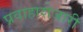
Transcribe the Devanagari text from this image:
प्रवाहाशेजारी